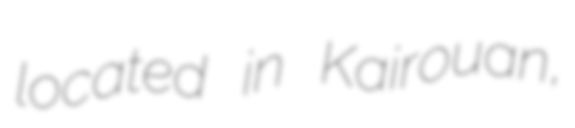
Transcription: located in Kairouan,